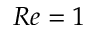
R e = 1